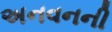
અનવનની